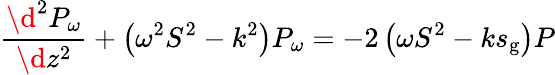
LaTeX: \frac{\d^{2}P_{\omega}}{\d z^{2}}+\left(\omega^{2}S^{2}-k^{2}\right)P_{\omega}=-2\left(\omega S^{2}-ks_{\mathrm{g}}\right)P